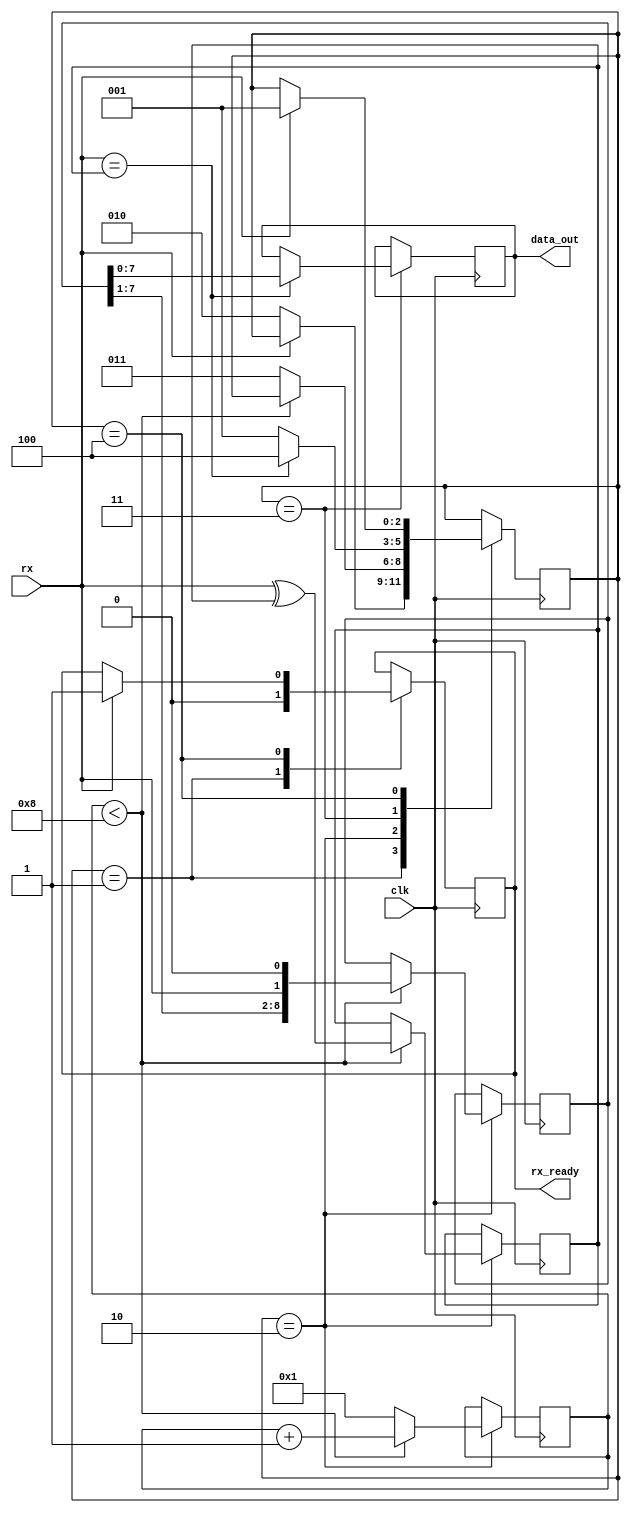
`timescale 1ns / 1ps
module rfsm(
    input clk,       // System clock
    input rx,            // UART input signal
    output reg [7:0] data_out, // Output data
    output reg rx_ready       // Ready signal indicating data is valid
);

// Internal states

parameter START = 2'b01;
parameter DATA = 2'b10;
parameter PARITY = 2'b11;
parameter STOP=3'b100;
reg [2:0] state;
reg [8:0] shift_reg;
reg [3:0] bit_count;
reg parity; // Parity bit

// Initialize
initial begin
    state <= START;
    shift_reg <= 8'h00;
    bit_count <= 4'd1;
    rx_ready <= 1'b1;
    parity<=1'b0;
    data_out<=1'b0;
end

// State machine
always @(posedge clk)
begin
    case (state) 
    
        START: begin
            if (!rx)
                state <= DATA;
                rx_ready<=0;
        end
        DATA: begin
            if (bit_count < 4'd8)
            begin
                shift_reg[0] = rx;
                shift_reg=shift_reg<<1;
                bit_count <= bit_count + 4'd1;
                parity<=rx^parity;
            end
            else
            begin
                state <= PARITY;
                bit_count<=4'd1;
                
            end
                
        end
        PARITY: begin
            if (rx == parity)
            begin
            data_out = shift_reg;
                state <= STOP;
                
                
            end
            else
                state <= START; // Restart if parity check fails
        end
        STOP: begin
        if(rx==1'b1)
        begin
        rx_ready<=1'b1;
        state<=START;
        end
        end
    endcase
end

endmodule